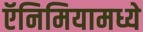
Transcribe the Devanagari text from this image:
ऍनिमियामध्ये